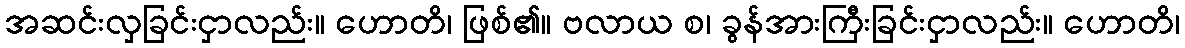
အဆင်းလှခြင်းငှာလည်း။ ဟောတိ၊ ဖြစ်၏။ ဗလာယ စ၊ ခွန်အားကြီးခြင်းငှာလည်း။ ဟောတိ၊